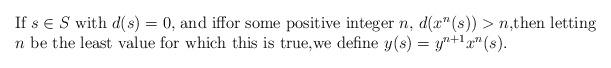
LaTeX: \begin{align*}\begin{minipage}[c]{35pc}If $s\in S$ with $d(s)=0,$ and iffor some positive integer $n,$ $d(x^n(s)) > n,$then letting $n$ be the least value for which this is true,we define $y(s)=y^{n+1} x^n (s).$\end{minipage}\end{align*}